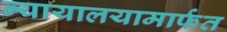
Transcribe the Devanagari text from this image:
न्यायालयामार्फत